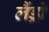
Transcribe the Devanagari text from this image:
लैंड्रो